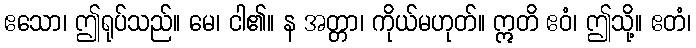
ဧသော၊ ဤရုပ်သည်။ မေ၊ ငါ၏။ န အတ္တာ၊ ကိုယ်မဟုတ်။ ဣတိ ဧဝံ၊ ဤသို့။ ဧတံ၊